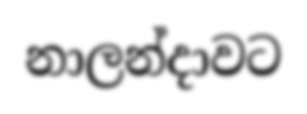
නාලන්දාවට